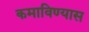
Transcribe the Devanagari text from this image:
कमाविण्यास